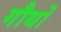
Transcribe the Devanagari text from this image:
गौथों